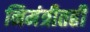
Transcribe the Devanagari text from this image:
निमंत्रीतही